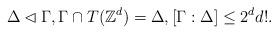
LaTeX: \begin{align*}\Delta \lhd \Gamma,\Gamma \cap T(\mathbb{Z}^d) = \Delta,[\Gamma:\Delta] \leq 2^dd!.\end{align*}